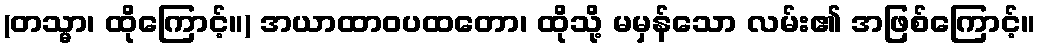
(တသ္မာ၊ ထိုကြောင့်။) အယာထာဝပထတော၊ ထိုသို့ မမှန်သော လမ်း၏ အဖြစ်ကြောင့်။